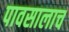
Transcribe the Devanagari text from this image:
पावसालाच